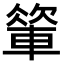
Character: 𨍁